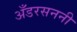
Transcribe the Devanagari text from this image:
अँडरसननी